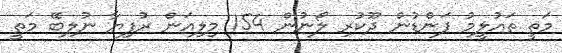
މަތީ ތައުލީމު ފަންޑުން ދޫކުރި ލޯނުން 154 މިލިއަން ރުފިޔާ ނުލިބޭ މަތީ